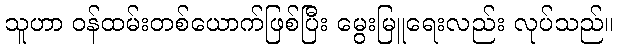
သူဟာ ဝန်ထမ်းတစ်ယောက်ဖြစ်ပြီး မွေးမြူရေးလည်း လုပ်သည်။